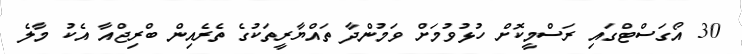
30 އޯގަސްޓްގައި ރަސްމީކޮށް ހުޅުވުމަށް ވަމުންދާ ތައްޔާރީތަކުގެ ތެރެއިން ބްރިޖްއާ އެކު މާލެ